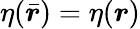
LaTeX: \eta(\bar{\boldsymbol{r}})=\eta(\boldsymbol{r})